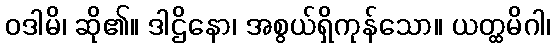
ဝဒါမိ၊ ဆို၏။ ဒါဌိနော၊ အစွယ်ရှိကုန်သော။ ယတ္ထမိဂါ၊